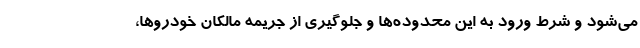
می‌شود و شرط ورود به این محدوده‌ها و جلوگیری از جریمه مالکان خودروها،